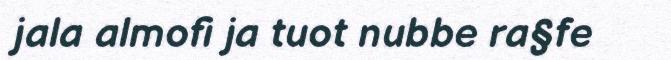
jala almofi ja tuot nubbe ra§fe